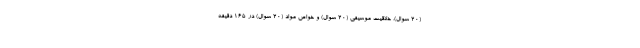
(۲۰ سوال)، خلاقیت موسیقی (۲۰ سوال) و خواص مواد (۲۰ سوال) در ۱۶۵ دقیقه